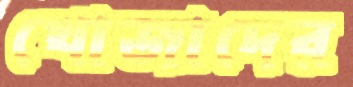
খোজাদের